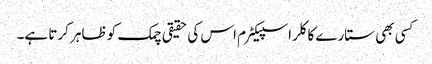
کسی بھی ستارے کا کلر اسپیکٹرم اس کی حقیقی چمک کو ظاہر کرتا ہے۔